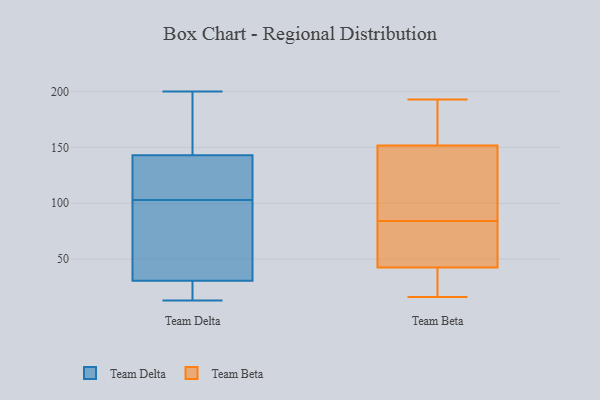
{"axis": {"x": "Conversion Rate (%)", "y": "Value"}, "legend": ["Team Beta", "Team Delta"], "data": [{"x": "", "y": 17, "type": "Team Delta"}, {"x": "", "y": 114, "type": "Team Delta"}, {"x": "", "y": 48, "type": "Team Delta"}, {"x": "", "y": 99, "type": "Team Delta"}, {"x": "", "y": 140, "type": "Team Delta"}, {"x": "", "y": 74, "type": "Team Delta"}, {"x": "", "y": 171, "type": "Team Delta"}, {"x": "", "y": 200, "type": "Team Delta"}, {"x": "", "y": 24, "type": "Team Delta"}, {"x": "", "y": 13, "type": "Team Delta"}, {"x": "", "y": 37, "type": "Team Delta"}, {"x": "", "y": 107, "type": "Team Delta"}, {"x": "", "y": 200, "type": "Team Delta"}, {"x": "", "y": 117, "type": "Team Delta"}, {"x": "", "y": 14, "type": "Team Delta"}, {"x": "", "y": 146, "type": "Team Delta"}, {"x": "", "y": 121, "type": "Team Beta"}, {"x": "", "y": 66, "type": "Team Beta"}, {"x": "", "y": 16, "type": "Team Beta"}, {"x": "", "y": 184, "type": "Team Beta"}, {"x": "", "y": 141, "type": "Team Beta"}, {"x": "", "y": 190, "type": "Team Beta"}, {"x": "", "y": 193, "type": "Team Beta"}, {"x": "", "y": 23, "type": "Team Beta"}, {"x": "", "y": 49, "type": "Team Beta"}, {"x": "", "y": 19, "type": "Team Beta"}, {"x": "", "y": 21, "type": "Team Beta"}, {"x": "", "y": 136, "type": "Team Beta"}, {"x": "", "y": 185, "type": "Team Beta"}, {"x": "", "y": 84, "type": "Team Beta"}, {"x": "", "y": 49, "type": "Team Beta"}, {"x": "", "y": 54, "type": "Team Beta"}, {"x": "", "y": 111, "type": "Team Beta"}]}